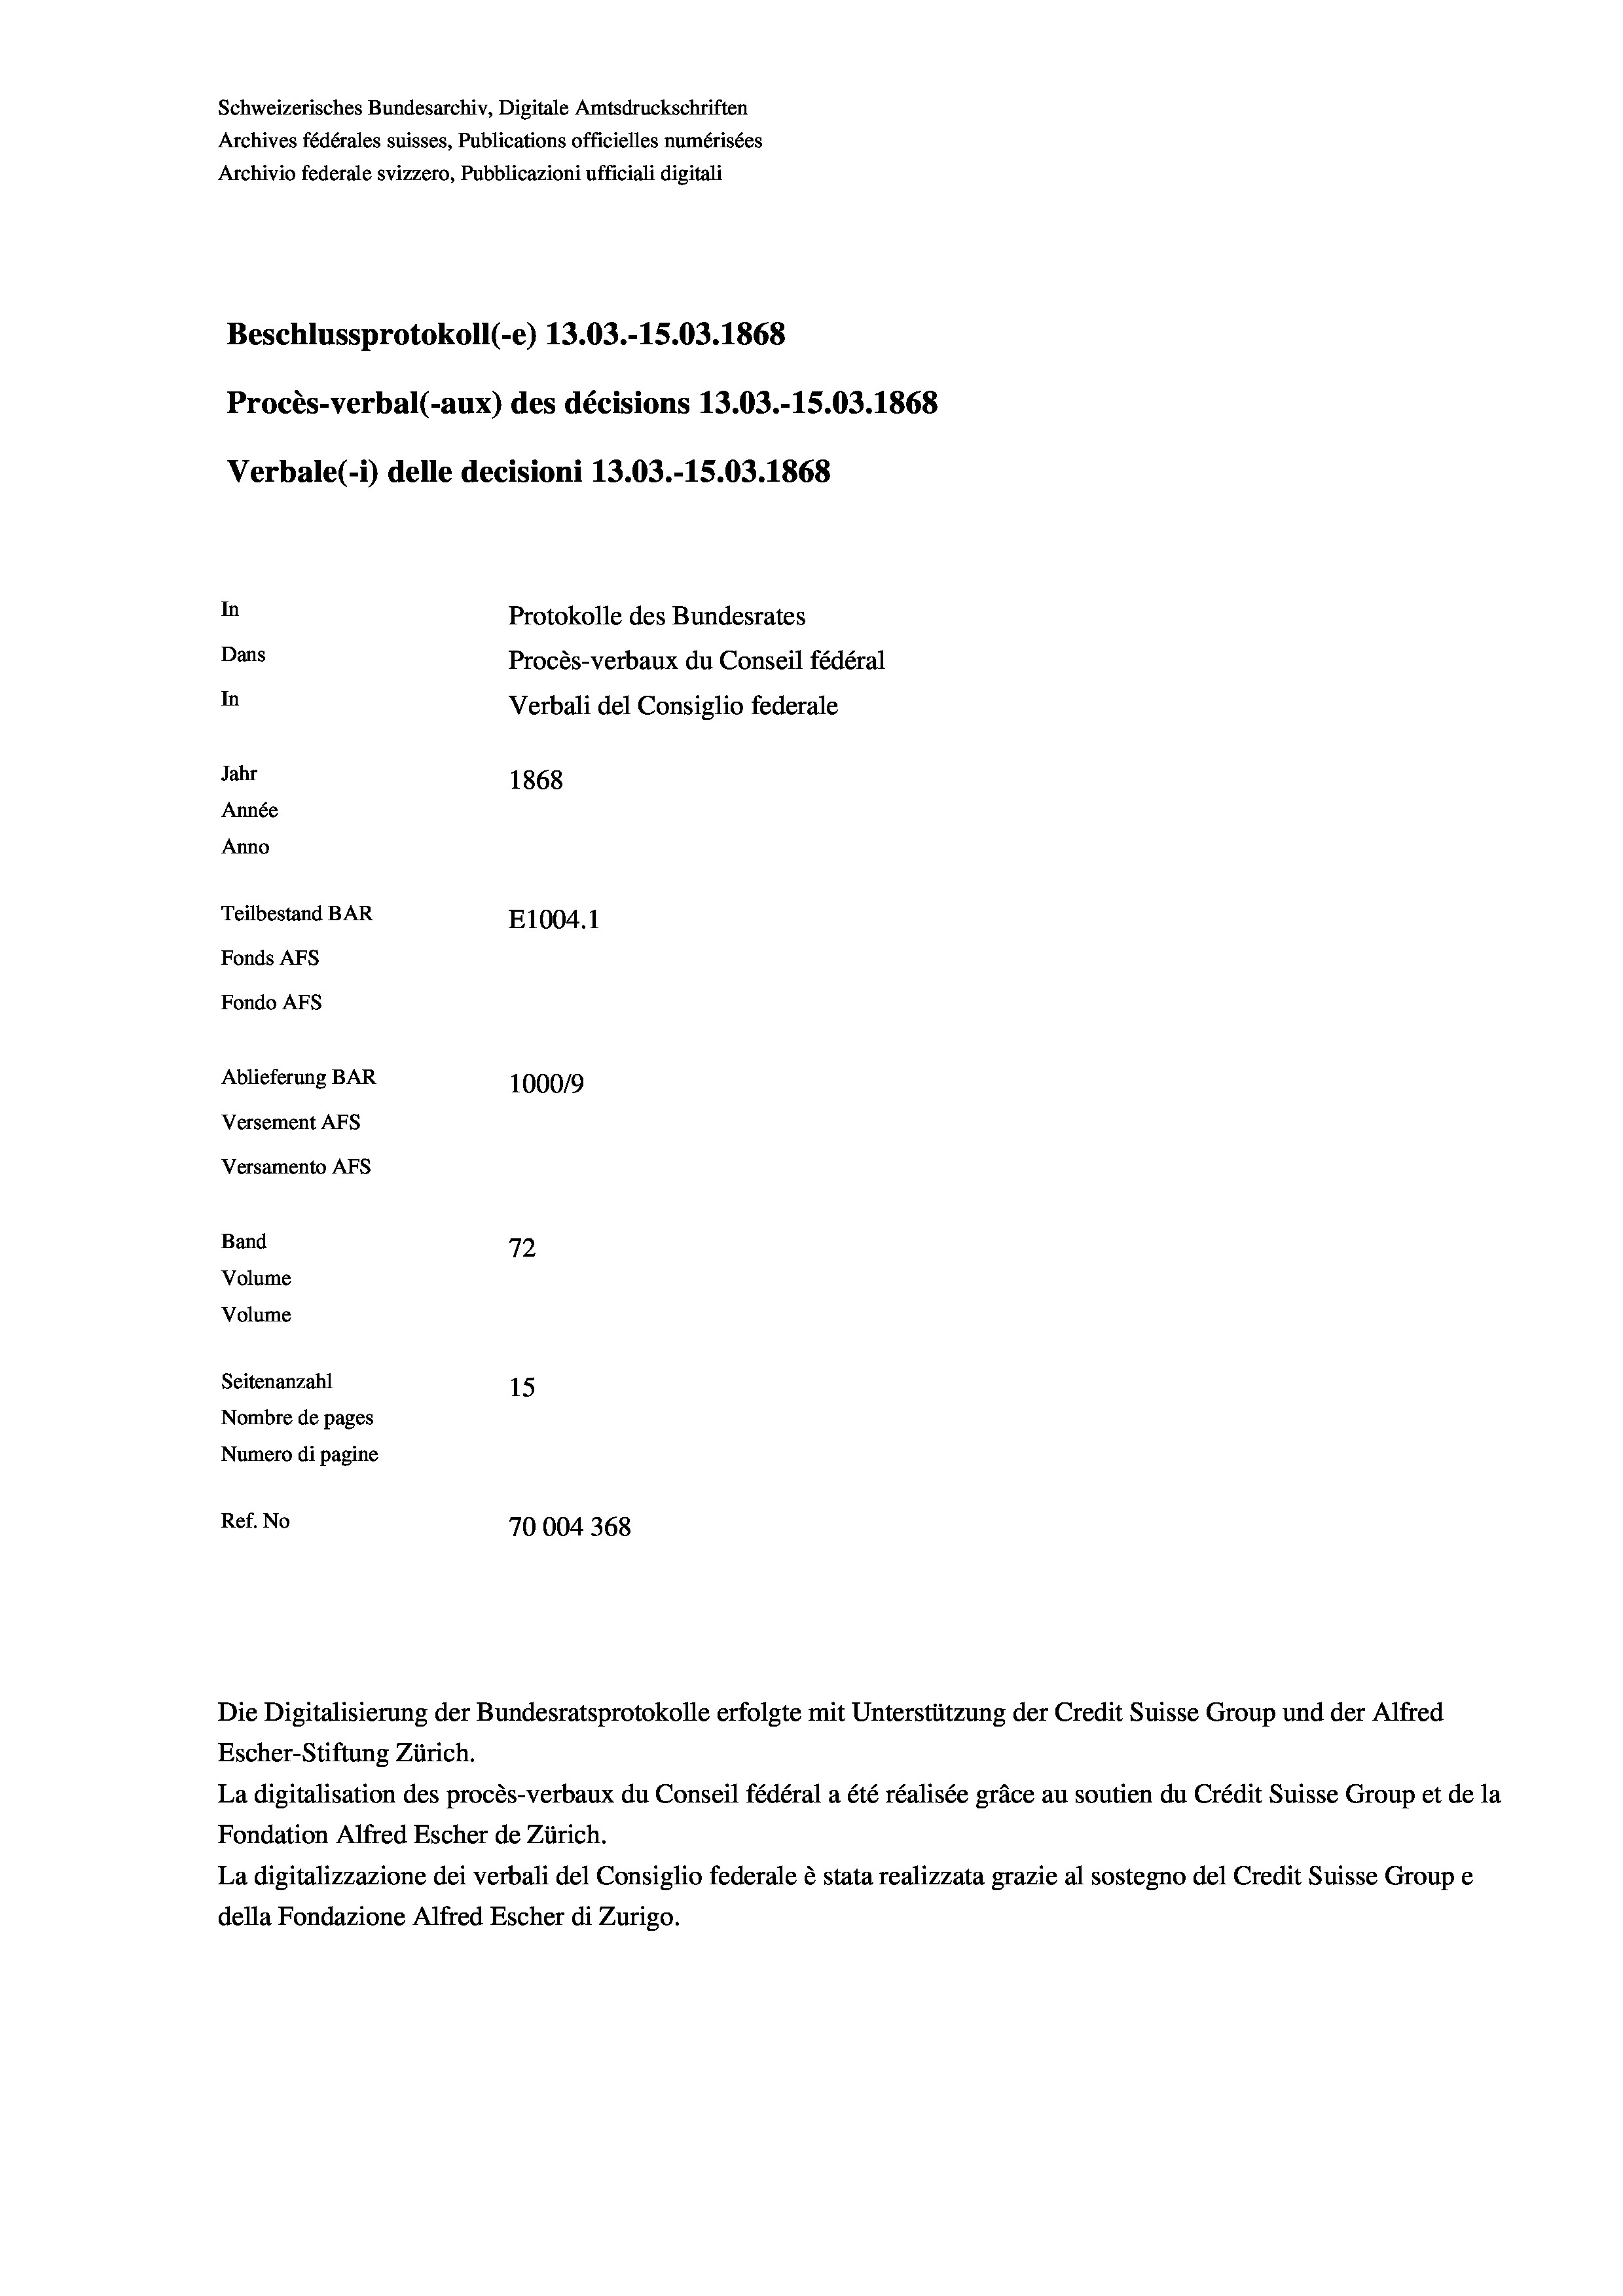
Schweizerisches Bundesarchiv, Digitale Amtsdruckschriften
Archives fédérales suisses, Publications officielles numérisées
Archivio federale svizzero, Pubblicazioni ufficiali digitali
Beschlussprotokoll (-e) 13.03.-15.03. 1868
Procès-verbal (-aux) des décisions 13.03.-15.03. 1868
Verbale(-*) delle decisioni 13.03.-15.03. 1868
In
Protokolle des Bundesrates
Dans
Procès-verbaux du Conseil fédéral
In
Verbali del Consiglio federale
Jahr
1868
Année
Anno
Teilbestand BAR
E1004. 1
Fonds AFs
Fondo Afs
Ablieferung BAR
100019
Versement AFs
Versamento Afs
.
Band
72
Volume
Volume
Seitenanzahl
15
Nombre de pages
Numero di pagine
Ref. No
70004368

Escher-Stiftung Zürich.
La digitalisation des procès-verbaux du Conseil fédéral a été réalisée gräce au soutien du Crédit Suisse Group et de la
Fondation Alfred Escher de Zürich.
La digitalizzazione dei verbali del Consiglio federale è stata realizzata grazie al sostegno del Credit Suisse Groupe
della Fondazione Alfred Escher di Zurigo.

Die Digitalisierung der Bundesratsprotokolle erfolgte mit Unterstützung der Credit Suisse Group und der Alfred